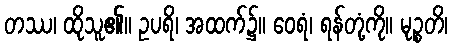
တဿ၊ ထိုသူ၏။ ဥပရိ၊ အထက်၌။ ဝေရံ၊ ရန်တုံ့ကို။ မုဉ္စတိ၊